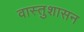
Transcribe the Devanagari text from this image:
वास्तुशासन